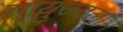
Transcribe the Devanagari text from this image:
सायुज्यलाभ